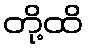
တို့ထိ